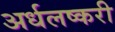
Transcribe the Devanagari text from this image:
अर्धलष्करी